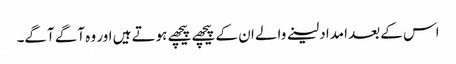
اس کے بعد امداد لینے والے ان کے پیچھے پیچھے ہوتے ہیں اور وہ آگے آگے۔